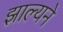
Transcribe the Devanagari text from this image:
झाल्यने